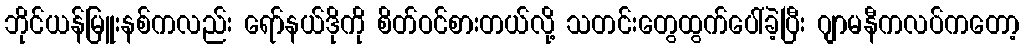
ဘိုင်ယန်မြူးနစ်ကလည်း ရော်နယ်ဒိုကို စိတ်ဝင်စားတယ်လို့ သတင်းတွေထွက်ပေါ်ခဲ့ပြီး ဂျာမနီကလပ်ကတော့